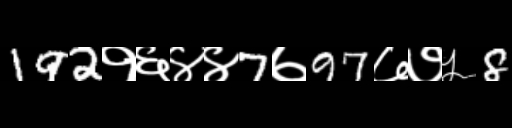
Text: 192१६४४7७97७७५8